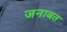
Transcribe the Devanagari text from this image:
जनाबत